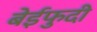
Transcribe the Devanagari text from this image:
बेईफुदी